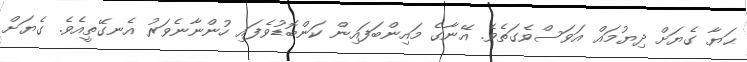
ޙަޔާ ގެޔަށް ދިޔުމައް އަވަސްވެގަތެވެ. އޭނާގެ މައިންބަފައިން ކަންބޮޑުވެފައި ހުންނާނެވަރު އެނގޭތީއެވެ. ގެޔަށް